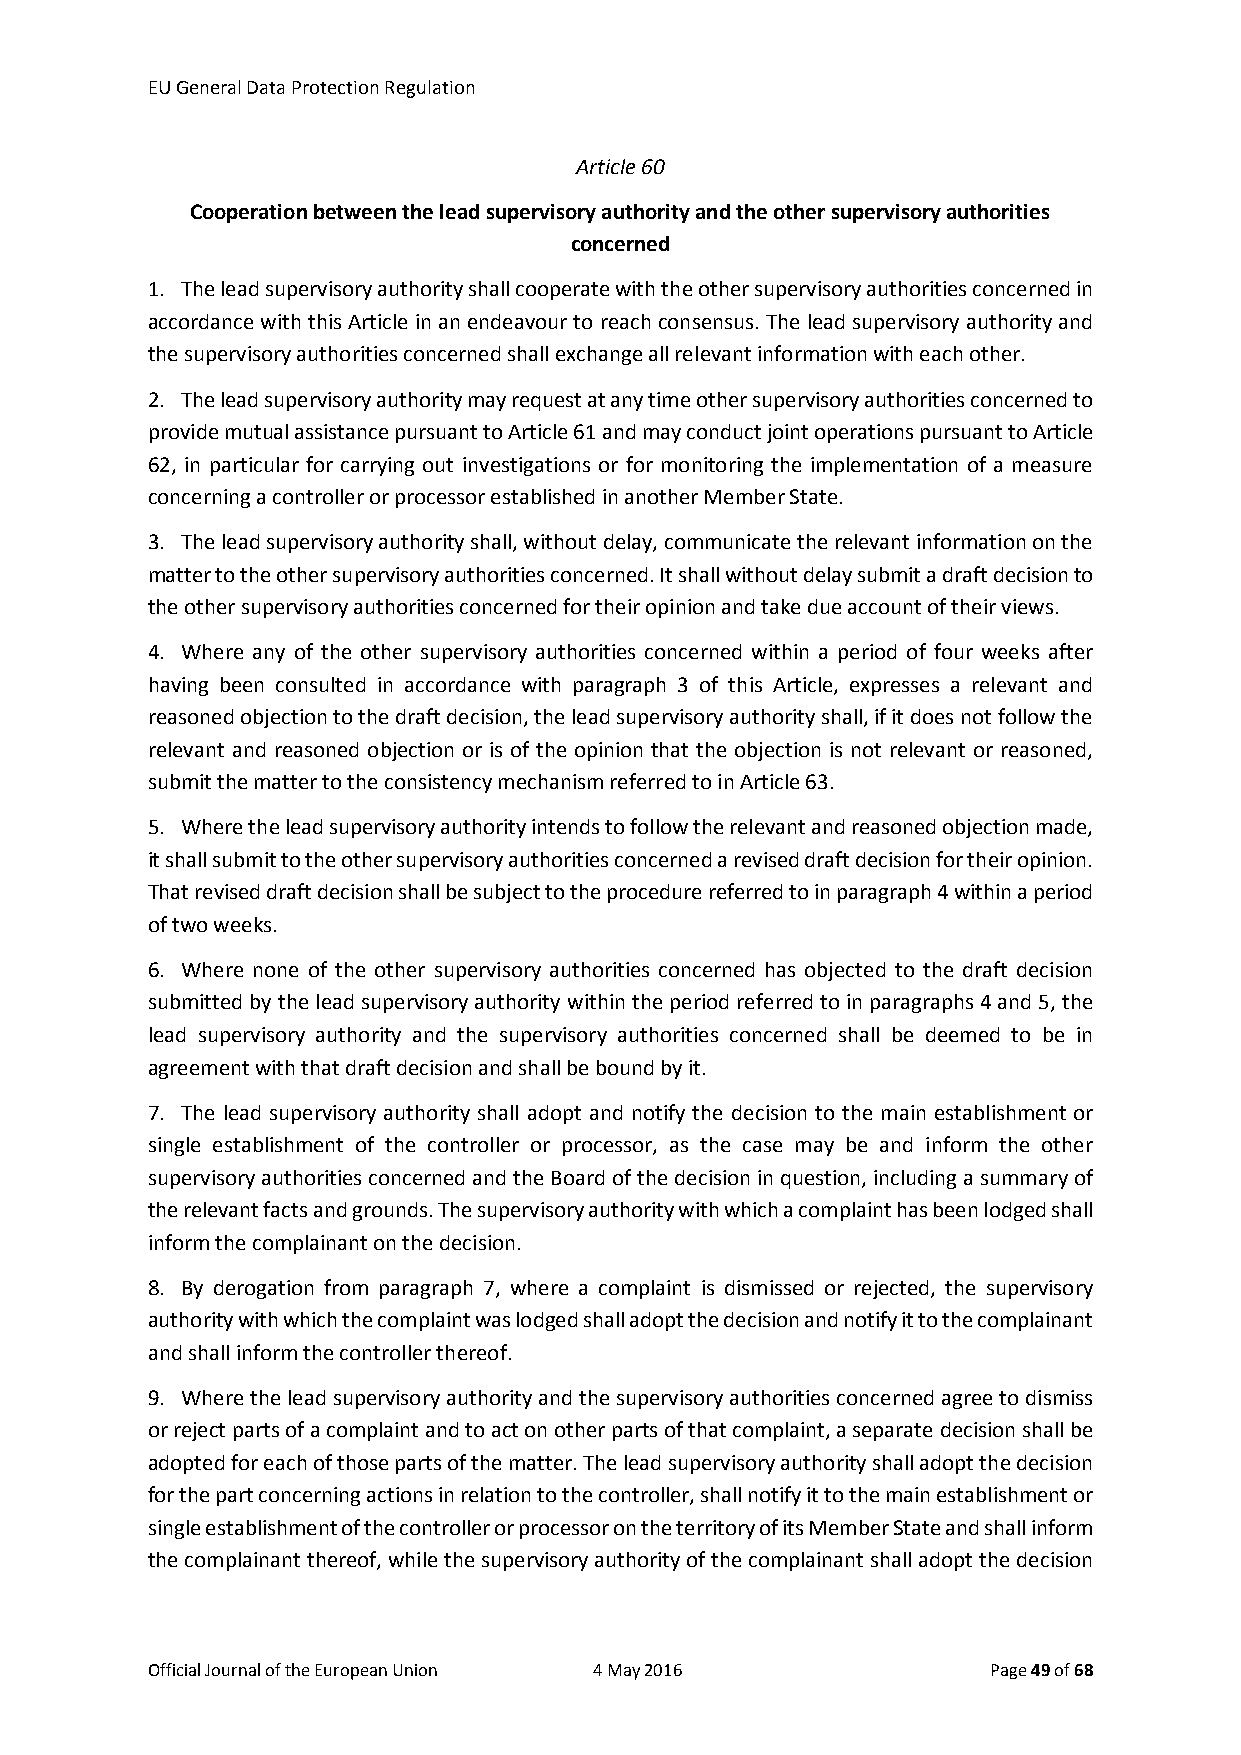
EU General Data Protection Regulation
 Article 60
 Cooperation between the lead supervisory authority and the other supervisory authorities
 concerned
 1. The lead supervisory authority shall cooperate with the other supervisory authorities concerned in
 accordance with this Article in an endeavour to reach consensus. The lead supervisory authority and
 the supervisory authorities concerned shall exchange all relevant information with each other.
 2. The lead supervisory authority may request at any time other supervisory authorities concerned to
 provide mutual assistance pursuant to Article 61 and may conduct joint operations pursuant to Article
 62, in particular for carrying out investigations or for monitoring the implementation of a measure
 concerning a controller or processor established in another Member State.
 3. The lead supervisory authority shall, without delay, communicate the relevant information on the
 matter to the other supervisory authorities concerned. It shall without delay submit a draft decision to
 the other supervisory authorities concerned for their opinion and take due account of their views.
 4. Where any of the other supervisory authorities concerned within a period of four weeks after
 having been consulted in accordance with paragraph 3 of this Article, expresses a relevant and
 reasoned objection to the draft decision, the lead supervisory authority shall, if it does not follow the
 relevant and reasoned objection or is of the opinion that the objection is not relevant or reasoned,
 submit the matter to the consistency mechanism referred to in Article 63.
 5. Where the lead supervisory authority intends to follow the relevant and reasoned objection made,
 it shall submit to the other supervisory authorities concerned a revised draft decision for their opinion.
 That revised draft decision shall be subject to the procedure referred to in paragraph 4 within a period
 of two weeks.
 6. Where none of the other supervisory authorities concerned has objected to the draft decision
 submitted by the lead supervisory authority within the period referred to in paragraphs 4 and 5, the
 lead supervisory authority and the supervisory authorities concerned shall be deemed to be in
 agreement with that draft decision and shall be bound by it.
 7. The lead supervisory authority shall adopt and notify the decision to the main establishment or
 single establishment of the controller or processor, as the case may be and inform the other
 supervisory authorities concerned and the Board of the decision in question, including a summary of
 the relevant facts and grounds. The supervisory authority with which a complaint has been lodged shall
 inform the complainant on the decision.
 8. By derogation from paragraph 7, where a complaint is dismissed or rejected, the supervisory
 authority with which the complaint was lodged shall adopt the decision and notify it to the complainant
 and shall inform the controller thereof.
 9. Where the lead supervisory authority and the supervisory authorities concerned agree to dismiss
 or reject parts of a complaint and to act on other parts of that complaint, a separate decision shall be
 adopted for each of those parts of the matter. The lead supervisory authority shall adopt the decision
 for the part concerning actions in relation to the controller, shall notify it to the main establishment or
 single establishment of the controller or processor on the territory of its Member State and shall inform
 the complainant thereof, while the supervisory authority of the complainant shall adopt the decision
 Official Journal of the European Union 4 May 2016       Page 49 of 68